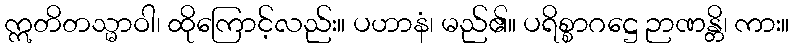
ဣတိတသ္မာဝါ၊ ထိုကြောင့်လည်း။ ပဟာနံ၊ မည်၏။ ပရိစ္စာဂဋ္ဌေ ဉာဏန္တိ၊ ကား။